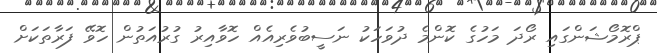
ޕްރޮމޯޝަންގައި ރޯދަ މަހުގެ ކޮންމެ ދުވަހަކު ނަސީބުވެރިއެއް ހޮވާއިރު ގުރުއަތުން ހޮވޭ ފަރާތަކަށް